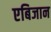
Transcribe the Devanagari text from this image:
एबिजान